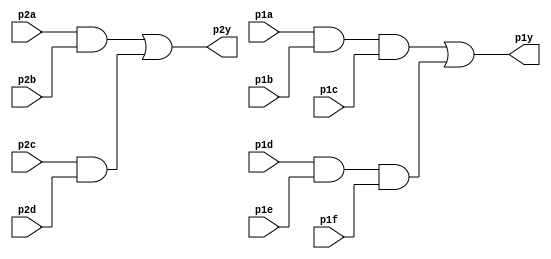
//https://hdlbits.01xz.net/wiki/7458

module top_module ( 
    input p1a, p1b, p1c, p1d, p1e, p1f,
    output p1y,
    input p2a, p2b, p2c, p2d,
    output p2y );

    assign p2y = p2a&p2b | p2c&p2d;
    assign p1y = p1a&p1b&p1c | p1d&p1e&p1f;
endmodule